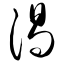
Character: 渴